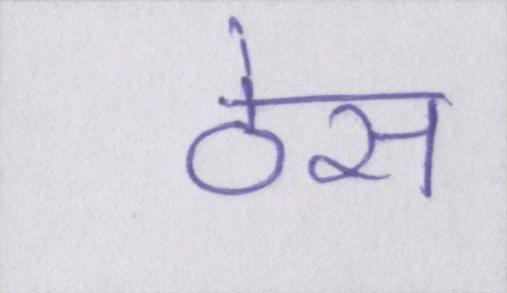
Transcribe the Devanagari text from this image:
ठेस